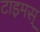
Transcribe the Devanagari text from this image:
टाइमस्